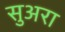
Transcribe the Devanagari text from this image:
सुअरा